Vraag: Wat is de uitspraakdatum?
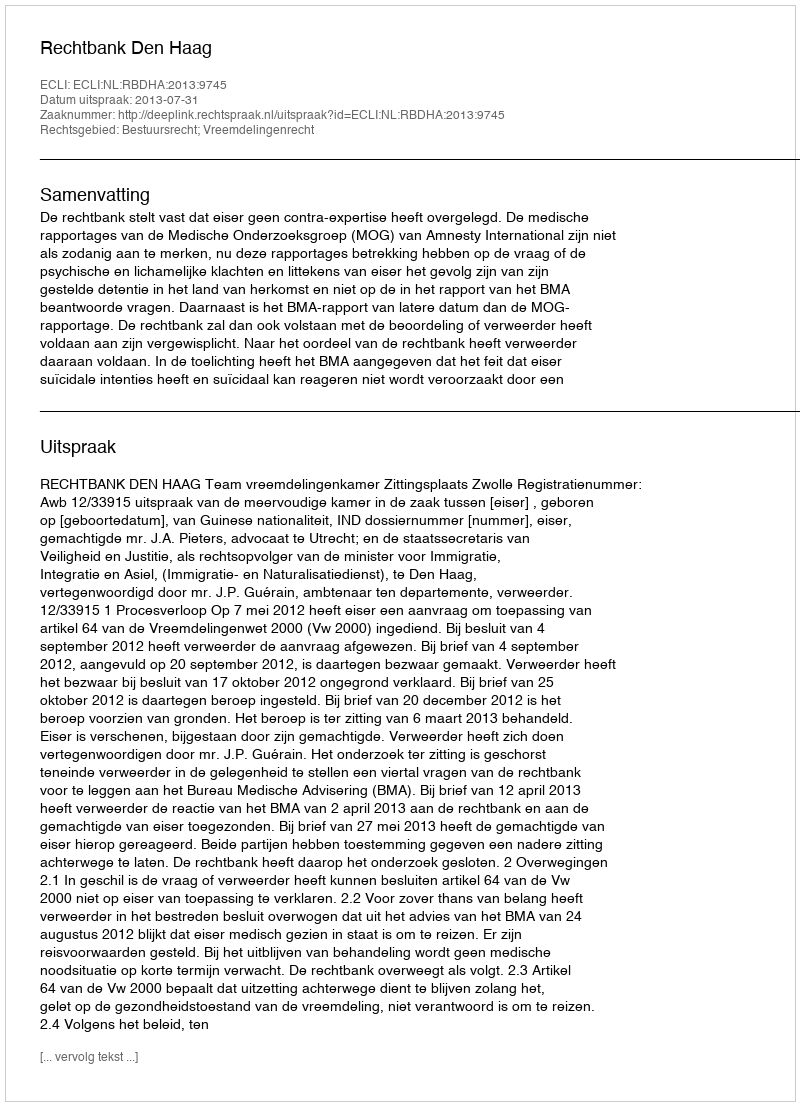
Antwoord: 2013-07-31